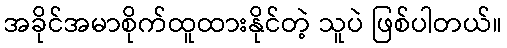
အခိုင်အမာစိုက်ထူထားနိုင်တဲ့ သူပဲ ဖြစ်ပါတယ်။